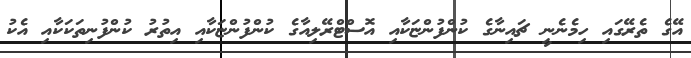
އޭގެ ތެރޭގައި ހިމެނެނީ ޗައިނާގެ ކުންފުންޏަކާއި އޮސްޓްރޭލިއާގެ ކުންފުންޏަކާއި އިތުރު ކުންފުނިތަކަކާއި އެކު